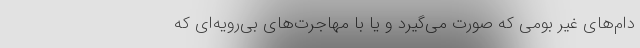
دام‌های غیر بومی که صورت می‌گیرد و یا با مهاجرت‌های بی‌رویه‌ای که